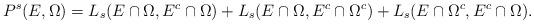
LaTeX: \begin{align*}P^s(E,\Omega)=L_s(E\cap \Omega, E^c\cap\Omega)+L_s(E\cap \Omega, E^c\cap \Omega^c)+L_s(E\cap \Omega^c, E^c\cap \Omega).\end{align*}